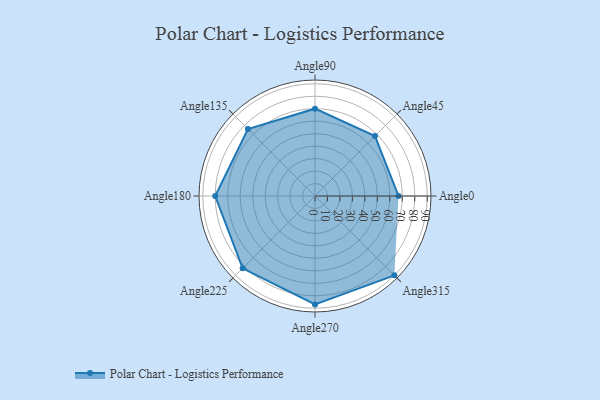
{"axis": {"x": "Angle", "y": "Radius"}, "legend": [""], "data": [{"x": "Angle0", "y": 67.0, "type": ""}, {"x": "Angle45", "y": 68.0, "type": ""}, {"x": "Angle90", "y": 70.0, "type": ""}, {"x": "Angle135", "y": 76.0, "type": ""}, {"x": "Angle180", "y": 80.0, "type": ""}, {"x": "Angle225", "y": 82.0, "type": ""}, {"x": "Angle270", "y": 87.0, "type": ""}, {"x": "Angle315", "y": 90.0, "type": ""}]}